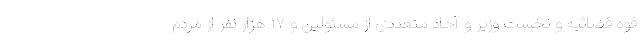
قوه قضائیه و نخست وزیر و آحاد متعددی از مسئولین و ۱۷ هزار نفر از مردم